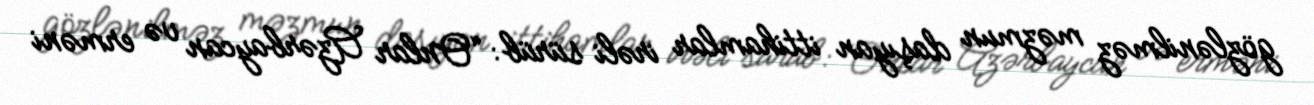
gözlənilməz məzmun daşıyan ittihamlar irəli sürüb: “Onlar Azərbaycan və erməni